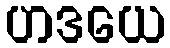
ဟဒယေ